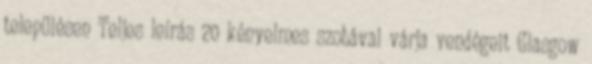
településen Teljes leírás 20 kényelmes szobával várja vendégeit Glasgow